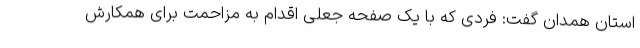
استان همدان گفت: فردی که با یک صفحه جعلی اقدام به مزاحمت برای همکارش